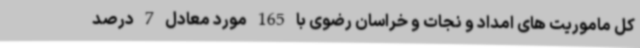
کل ماموریت های امداد و نجات و خراسان رضوی با 165 مورد معادل 7 درصد